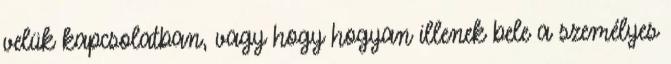
velük kapcsolatban, vagy hogy hogyan illenek bele a személyes